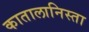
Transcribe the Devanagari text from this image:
कातालानिस्ता